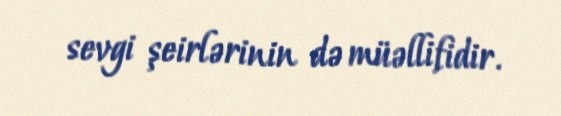
sevgi şeirlərinin də müəllifidir.